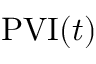
\mathrm { P V I } ( t )